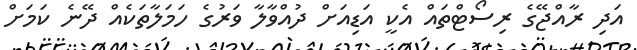
އަދި ރާއްޖޭގެ ރިސޯޓްތައް އެކީ އަޑިއަށް ދުއްވާލާ ވަރުގެ ހަމަލާތަކެއް ދޭނެ ކަމަށް